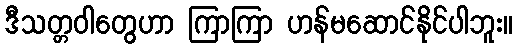
ဒီသတ္တဝါတွေဟာ ကြာကြာ ဟန်မဆောင်နိုင်ပါဘူး။